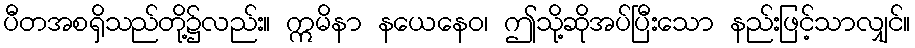
ပီတအစရှိသည်တို့၌လည်း။ ဣမိနာ နယေနေဝ၊ ဤသို့ဆိုအပ်ပြီးသော နည်းဖြင့်သာလျှင်။